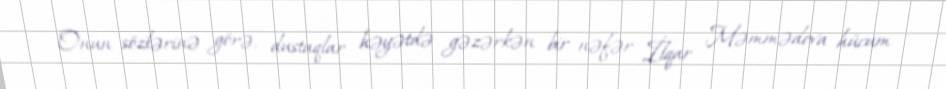
Onun sözlərinə görə, dustaqlar həyətdə gəzərkən bir nəfər İlqar Məmmədova hücum